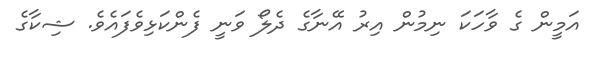
އަމީން ގެ ވާހަކަ ނިމުން އިރު އޭނާގެ ދެލޯ ވަނީ ފެންކަޅިވެފައެވެ. ޝިކާގެ